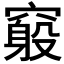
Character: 𥨃